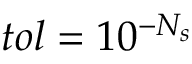
t o l = 1 0 ^ { - N _ { s } }